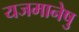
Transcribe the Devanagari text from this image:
यजमानेषु